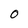
Character: 0